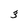
Character: 3